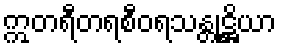
ဣတရီတရစီဝရသန္တုဋ္ဌိယာ